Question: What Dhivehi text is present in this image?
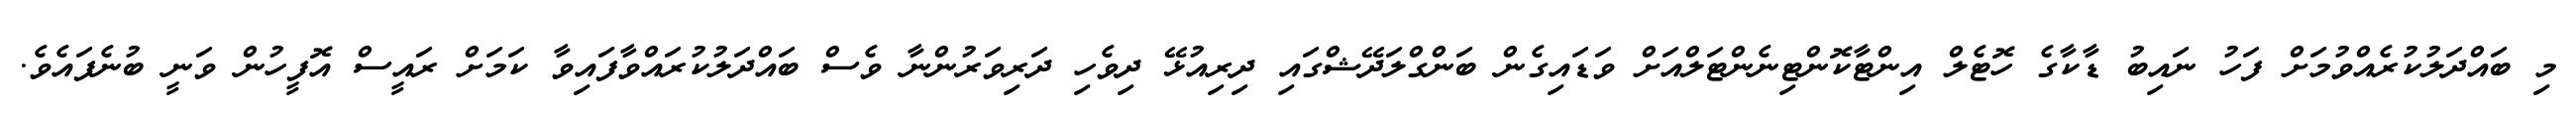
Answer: މި ބައްދަލުކުރެއްވުމަށް ފަހު ނައިބު ޑާކާގެ ހޮޓެލް އިންޓާކޮންޓިނެންޓަލްއަށް ވަޑައިގެން ބަންގްލަދޭޝްގައި ދިރިއުޅޭ ދިވެހި ދަރިވަރުންނާ ވެސް ބައްދަލުކުރައްވާފައިވާ ކަމަށް ރައީސް އޮފީހުން ވަނީ ބުނެފައެވެ.